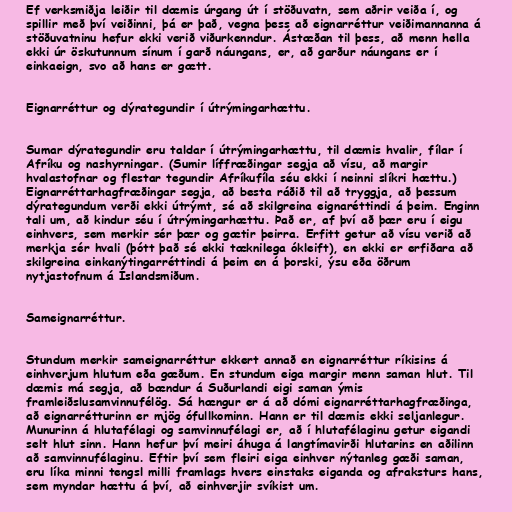
Ef verksmiðja leiðir til dæmis úrgang út í stöðuvatn, sem aðrir veiða í, og
spillir með því veiðinni, þá er það, vegna þess að eignarréttur veiðimannanna á
stöðuvatninu hefur ekki verið viðurkenndur. Ástæðan til þess, að menn hella
ekki úr öskutunnum sínum í garð náungans, er, að garður náungans er í
einkaeign, svo að hans er gætt.

Eignarréttur og dýrategundir í útrýmingarhættu.

Sumar dýrategundir eru taldar í útrýmingarhættu, til dæmis hvalir, fílar í
Afríku og nashyrningar. (Sumir líffræðingar segja að vísu, að margir
hvalastofnar og flestar tegundir Afríkufíla séu ekki í neinni slíkri hættu.)
Eignarréttarhagfræðingar segja, að besta ráðið til að tryggja, að þessum
dýrategundum verði ekki útrýmt, sé að skilgreina eignaréttindi á þeim. Enginn
tali um, að kindur séu í útrýmingarhættu. Það er, af því að þær eru í eigu
einhvers, sem merkir sér þær og gætir þeirra. Erfitt getur að vísu verið að
merkja sér hvali (þótt það sé ekki tæknilega ókleift), en ekki er erfiðara að
skilgreina einkanýtingarréttindi á þeim en á þorski, ýsu eða öðrum
nytjastofnum á Íslandsmiðum.

Sameignarréttur.

Stundum merkir sameignarréttur ekkert annað en eignarréttur ríkisins á
einhverjum hlutum eða gæðum. En stundum eiga margir menn saman hlut. Til
dæmis má segja, að bændur á Suðurlandi eigi saman ýmis
framleiðslusamvinnufélög. Sá hængur er á að dómi eignarréttarhagfræðinga,
að eignarrétturinn er mjög ófullkominn. Hann er til dæmis ekki seljanlegur.
Munurinn á hlutafélagi og samvinnufélagi er, að í hlutafélaginu getur eigandi
selt hlut sinn. Hann hefur því meiri áhuga á langtímavirði hlutarins en aðilinn
að samvinnufélaginu. Eftir því sem fleiri eiga einhver nýtanleg gæði saman,
eru líka minni tengsl milli framlags hvers einstaks eiganda og afraksturs hans,
sem myndar hættu á því, að einhverjir svíkist um.